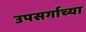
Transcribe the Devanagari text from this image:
उपसर्गाच्या